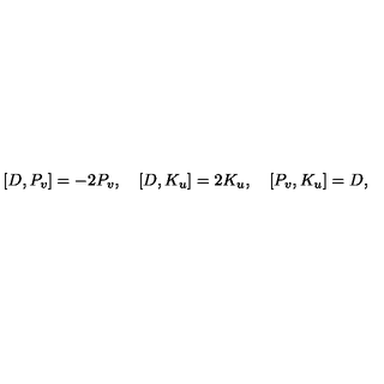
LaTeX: { } [ D , P _ { v } ] = - 2 P _ { v } , \quad { } [ D , K _ { u } ] = 2 K _ { u } , \quad { } [ P _ { v } , K _ { u } ] = D ,